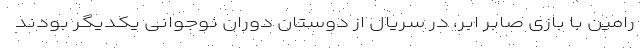
رامین با بازی صابر ابر، در سریال از دوستان دوران نوجوانی یکدیگر بودند